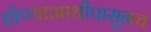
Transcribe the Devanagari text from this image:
होण्याआधीपासूनच